Annual administration report of the Civil Veterinary Department of India - 1898-1899
Year: 1898
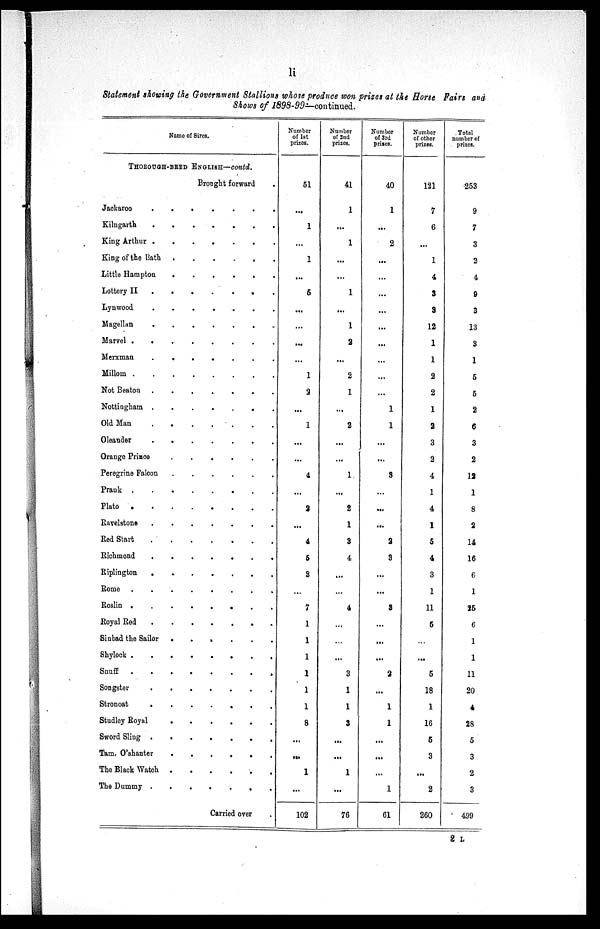
li
Statement showing the Government Stallions whose produce won prizes at the Horse Fairs and
Shows of 1898-99—continued.
Name of Sires.
THOROUGH-BRED ENGLISH—contd.
Brought forward .
Jackaroo
.
.
.
. . . .
.
.
Kilngarth
.
.
.
.
.
.
.
King Arthur
.
.
.
.
.
.
.
King of the
Bath . . . . . . .
Little Hampton
.
.
.
.
.
.
.
Lottery II . . . . . . . .
Lynwood
.
.
.
.
.
.
.
Magellan
.
.
.
.
.
.
. .
Marvel
.
.
.
.
.
.
.
.
Merxman
.
.
.
.
.
.
.
Millom
.
.
.
.
.
.
.
.
Not Beaton .
.
.
.
.
.
. .
Nottingham .
.
.
.
.
.
.
Old Man
.
.
.
.
.
.
.
.
Oleander
.
.
.
.
.
.
.
Orange Prince
.
.
.
.
.
.
.
.
Peregrine Falcon
.
.
.
.
.
.
.
Prank
.
.
.
.
.
.
.
.
Plato
.
.
.
.
.
.
.
Ravelstone
.
.
.
.
.
.
.
.
Red Start
.
.
.
.
.
.
.
.
Richmond
.
.
.
.
.
.
.
.
Riplington
.
.
.
.
.
.
.
.
Rome
.
.
.
.
.
.
.
.
Roslin
.
.
.
.
.
.
.
.
Royal Red
.
.
.
.
.
.
.
.
Sinbad the Sailor . . . . . . . .
Shylock
.
.
.
.
.
.
.
.
Snuff
.
.
.
.
.
.
.
.
Songster
.
.
.
.
.
Stronoat
.
.
.
.
.
.
.
.
Studley Royal
.
.
.
.
.
.
.
.
Sword Sling
.
.
.
.
.
.
.
.
Tam. O'shanter . . . . . . . .
The Black Watch . . . . . . . .
The Dummy
.
.
.
.
.
.
.
.
Carried over .
Number
of 1st
prizes.
51
...
1
...
1
...
5
...
...
...
...
1
3
...
1
...
...
4
...
2
...
4
5
3
...
7
1
1
1
1
1
1
8
...
...
1
...
102
Number
of 2nd
prizes.
41
1
...
1
...
...
1
...
1
2
...
2
1
...
2
...
...
1
...
2
1
3
4
...
...
4
...
...
...
3
1
1
3
...
...
1
...
76
Number
of 3rd
prizes.
40
1
...
2
...
...
...
...
...
...
...
...
...
1
1
...
...
3
...
...
...
2
3
...
...
3
...
......
...
2
...
1
1
...
...
...
1
61
Number
of other
prizes.
121
7
6
...
1
4
3
3
12
1
1
2
2
1
2
3
2
4
1
4
1
5
4
3
1
11
5
...
...
5
18
1
16
5
3
...
2
260
Total
number of
prizes.
253
9
7
3
2
4
9
3
13
3
1
5
5
2
6
3
2
12
1
8
2
14
16
6
1
25
6
1
1
11
20
4
28
5
3
2
3
499
2 L